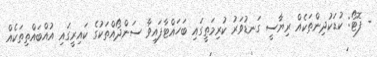
- ފޮޓޯ: ކުޑަކުދިންތަކެއް ރިޔާސީ ގަނޑުވަރު ކުރިމަތީގައި ބަހައްޓާފައިވާ ސަންދޯއްތަކުގެ ކައިރީގައި އުއްބައްތިތަކެއް